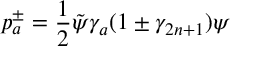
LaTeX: p _ { a } ^ { \pm } = \frac { 1 } { 2 } \tilde { \psi } \gamma _ { a } ( 1 \pm \gamma _ { 2 n + 1 } ) \psi